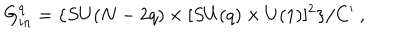
LaTeX: G _ { i n } ^ { q } = \{ S U ( N - 2 q ) \times [ S U ( q ) \times U ( 1 ) ] ^ { 2 } \} / C ^ { \prime } \ ,